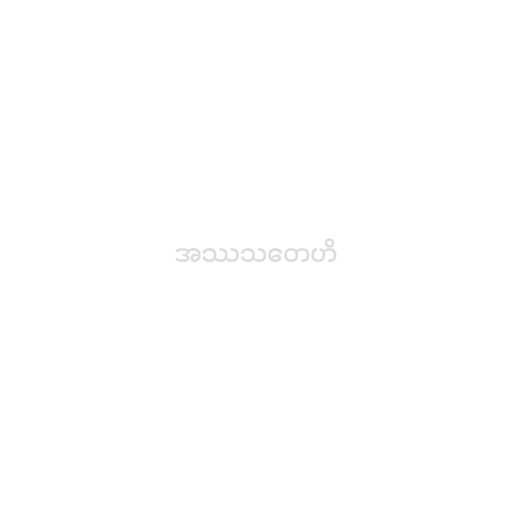
အဿသတေဟိ